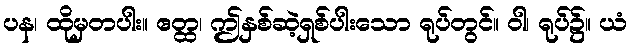
ပန၊ ထိုမှတပါး။ ဧတ္ထ၊ ဤနှစ်ဆဲ့ရှစ်ပါးသော ရုပ်တွင်။ ဝါ၊ ရုပ်၌။ ယံ